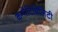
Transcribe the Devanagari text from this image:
कम्पेटिबिलिटी